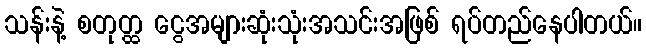
သန်းနဲ့ စတုတ္ထ ငွေအများဆုံးသုံးအသင်းအဖြစ် ရပ်တည်နေပါတယ်။